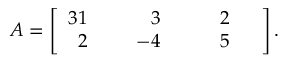
A = \left[ { \begin{array} { r l r l r l } { { 3 } 1 } & { { } } & { 3 } & { { } } & { 2 } & { { } } \\ { 2 } & { { } } & { \; \; - 4 } & { { } } & { \; \; \; \; 5 } & { { } } \end{array} } \, \right] { \mathrm { . } }